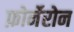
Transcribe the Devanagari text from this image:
फ़ोर्नेरोन